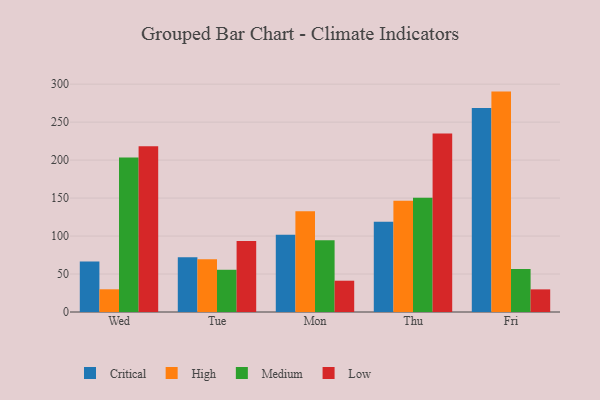
{"axis": {"x": "Day", "y": "LTV (USD)"}, "legend": ["Critical", "High", "Low", "Medium"], "data": [{"x": "Wed", "y": 66.5, "type": "Critical"}, {"x": "Wed", "y": 29.9, "type": "High"}, {"x": "Wed", "y": 203.5, "type": "Medium"}, {"x": "Wed", "y": 218.4, "type": "Low"}, {"x": "Tue", "y": 72.1, "type": "Critical"}, {"x": "Tue", "y": 69.3, "type": "High"}, {"x": "Tue", "y": 55.6, "type": "Medium"}, {"x": "Tue", "y": 93.4, "type": "Low"}, {"x": "Mon", "y": 101.7, "type": "Critical"}, {"x": "Mon", "y": 132.7, "type": "High"}, {"x": "Mon", "y": 94.5, "type": "Medium"}, {"x": "Mon", "y": 41.2, "type": "Low"}, {"x": "Thu", "y": 118.9, "type": "Critical"}, {"x": "Thu", "y": 146.6, "type": "High"}, {"x": "Thu", "y": 150.5, "type": "Medium"}, {"x": "Thu", "y": 235.0, "type": "Low"}, {"x": "Fri", "y": 268.5, "type": "Critical"}, {"x": "Fri", "y": 290.2, "type": "High"}, {"x": "Fri", "y": 56.6, "type": "Medium"}, {"x": "Fri", "y": 29.8, "type": "Low"}]}